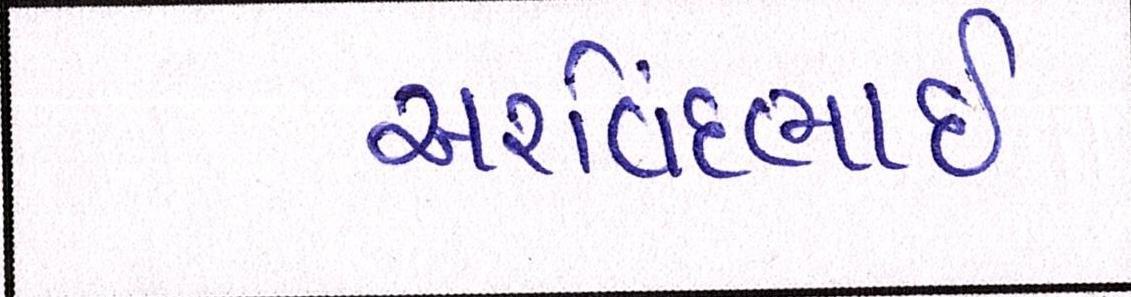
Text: અરવિંદભાઇ